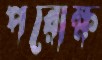
পরোক্ষ